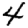
Digit: 4